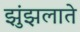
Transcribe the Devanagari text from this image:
झुंझलाते